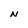
Character: N